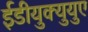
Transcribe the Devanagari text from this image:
ईडीयुक्युयुए